Report of the Indian Hemp Drugs Commission, 1894-1895 - Volume VI
Year: 1894
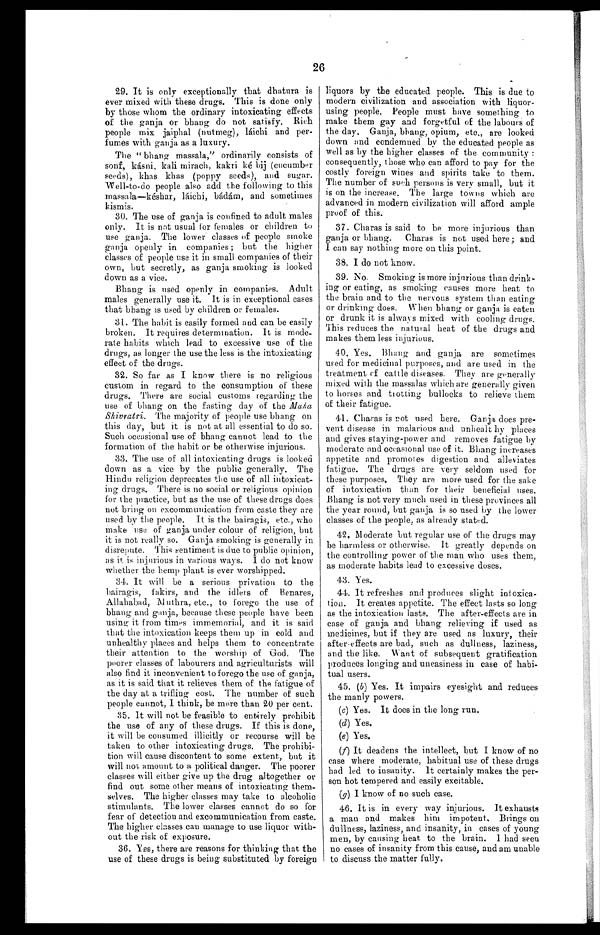
26
29. It is only exceptionally that dhatura is
ever mixed with these drugs. This is done only
by those whom the ordinary intoxicating effects
of the ganja or bhang do not satisfy. Rich
people mix jaiphal (nutmeg), láichi and per-
fumes with ganja as a luxury.
The " bhang massala," ordinarily consists of
sonf, kásni, kali mirach, kakri ké bij (cucumber
seeds), khas khas (poppy seeds), and sugar.
Well-to-do people also add the following to this
massala—késhar, láichi, bádám, and sometimes
kismis.
30. The use of ganja is confined to adult males
only. It is not usual for females or children to
use ganja. The lower classes of people smoke
ganja openly in companies ; but the higher
classes of people use it in small companies of their
own, but secretly, as ganja smoking is looked
down as a vice.
Bhang is used openly in companies. Adult
males generally use it. It is in exceptional cases
that bhang is used by children or females.
31 . The habit is easily formed and can be easily
broken. It requires determination. It is mode-
rate habits which lead to excessive use of the
drugs, as longer the use the less is the intoxicating
effect of the drugs.
32. So far as I know there is no religious
custom in regard to the consumption of these
drugs. There are social customs regarding the
use of bhang on the fasting day of the M a h a
Shivratri. The majority of people use bhang on
this day, but it is not at all essential to do so.
Such occasional use of bhang cannot lead to the
formation of the habit or be otherwise injurious.
33. The use of all intoxicating drugs is looked
down as a vice by the public generally. The
Hindu religion deprecates the use of all intoxicat-
ing drugs. There is no social or religious opinion
for the practice, but as the use of these drugs does
not bring on excommunication from caste they are
used by the people. It is the bairagis, etc., who
make use of ganja under colour of religion, but
it is not really so. Ganja smoking is generally in
disrepute. This sentiment is due to public opinion,
as it is injurious in various ways. I do not know
whether the hemp plant is ever worshipped.
34. It will be a serious privation to the
bairagis, fakirs, and the idlers of Benares,
Allahabad, Muthra, etc., to f o r e g o
t h e u s e o f
bhang and ganja, because these people have been
using it from times immemorial, and it is said
that the intoxication keeps them up in cold and
unhealthy places and helps them to concentrate
their attention to the worship of God. The
poorer classes of labourers and agriculturists will
also find it inconvenient to forego the use of ganja,
as it is said that it relieves them of the fatigue of
the day at a trifling cost. The number of such
people cannot, I think, be more than 20 per cent.
35. It will not be feasible to entirely prohibit
the use of any of these drugs. If this is done,
it will be consumed illicitly or recourse will be
taken to other intoxicating drugs. The prohibi-
tion will cause discontent to some extent, but it
will not amount to a political danger. The poorer
classes will either give up the drug altogether or
find out some other means of intoxicating them-
selves. The higher classes may take to alcoholic
stimulants. The lower classes cannot do so for
fear of detection and excommunication from caste.
The higher classes can manage to use liquor with-
out the risk of exposure.
36. Yes, there are reasons for thinking that the
use of these drugs is being substituted by foreign
liquors by the educated people. This is due to
modern civilization and association with liquor-
using people. People must have something to
make them gay and forgetful of the labours of
the day. Ganja, bhang, opium, etc., are looked
down a nd condemned by the educated people as
well as by the higher classes of the community :
consequently, those who can afford to pay for the
costly foreign wines and spirits take to them.
The number of such persons is very small, but it
is on the increase. The large towns which are
advanced in modern civilization will afford ample
proof of this.
37. Charas is said to be more injurious than
g a n j a o r b h a n g . C h a r a s i s n o t u s e d h e r e ; a n d
I c a n s a y n o t h i n g m o r e o n t h i s p o i n t .
38. I do not know.
39. No. Smoking is more injurious than drink-
ing or eating, as smoking causes more heat to
the brain and to the nervous system than eating
or drinking does. When bhang or ganja is eaten
or drunk it is always mixed with cooling drugs.
This reduces the natural heat of the drugs and
makes them less injurious.
40. Yes. Bhang and ganja are sometimes
used for medicinal purposes, and are used in the
treatment of cattle diseases. They are generally
mixed with the massalas which are generally given
to horses and trotting bullocks to relieve them
of their fatigue.
41. Charas is not used here. Ganja does pre-
vent disease in malarious and unhealthy places
and gives staying-power and removes fatigue by
moderate and occasional use of it. Bhang increases
appetite and promotes digestion and alleviates
fatigue. The drugs are very seldom used for
these purposes. They are more used for the sake
of intoxication then for their beneficial uses.
Bhang is not very much used in these provinces all
the year round, but ganja is so used by the lower
classes of the people, as already stated.
42. Moderate but regular use of the drugs may
be harmless or otherwise. It greatly depends on
the controlling power of the man who uses them,
as moderate habits lead to excessive doses.
43. Yes.
44. It refreshes and produces slight intoxica-
tion. It creates appetite. The effect lasts so long
as the intoxication lasts. The after-effects are in
case of ganja and bhang relieving if used as
medicines, but if they are used as luxury, their
after effects are bad, such as dullness, laziness,
and the like. Want of subsequent gratification
produces longing and uneasiness in case of habi-
tual users.
45. (b) Yes. It impairs eyesight and reduces
the manly powers.
(c) Yes. It does in the long run.
(d) Yes.
(e) Yes.
(f) It deadens the intellect, but I know of no
case where moderate, habitual use of these drugs
had led to insanity. It certainly makes the per-
son hot tempered and easily excitable.
(g) I know of no such case.
46. It is in every way injurious. It exhausts
a man and makes him impotent. Brings on
dullness, laziness, and insanity, in cases of young
men, by causing heat to the brain. I had seen
no cases of insanity from this cause, and am unable
to discuss the matter fully.